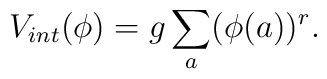
V_{int}(\phi)=g\sum _{a}(\phi (a))^r.